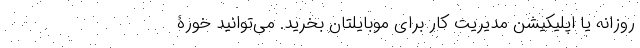
روزانه یا اپلیکیشن مدیریت کار برای موبایلتان بخرید. می‌توانید خورۀ